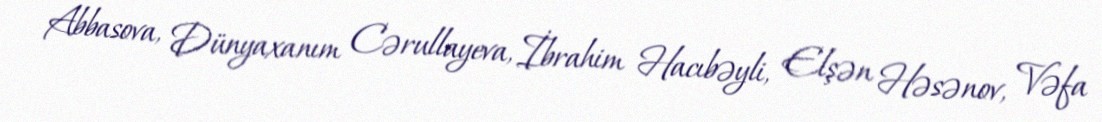
Abbasova, Dünyaxanım Cərullayeva, İbrahim Hacıbəyli, Elşən Həsənov, Vəfa